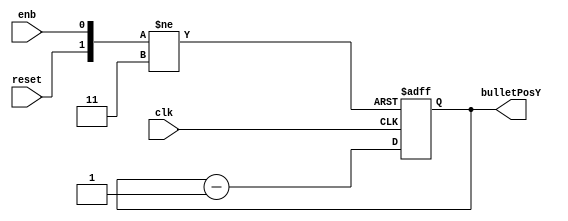
`timescale 1ns / 1ps
//////////////////////////////////////////////////////////////////////////////////
// Company: 
// Engineer: 
// 
// Design Name: 
// Module Name:    bulletCounter 
// Project Name: 
// Target Devices: 
// Tool versions: 
// Description: 
//
// Dependencies: 
//
// Revision: 
// Revision 0.01 - File Created
// Additional Comments: 
//
//////////////////////////////////////////////////////////////////////////////////
module bulletCounter(enb,
							clk,
							reset,
							bulletPosY
    );

	input enb;
	input clk; 
	input reset;
	output reg [9:0] bulletPosY = 400;
	
	always @(posedge clk or negedge enb or negedge reset) begin 
		if(~reset)
			bulletPosY <= 400;
		else if(~enb) begin 
			bulletPosY <= 400;
		end 
		else
			bulletPosY <= bulletPosY - 1'b1;
	end

endmodule